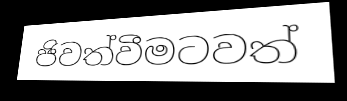
ජිවත්වීමටවත්